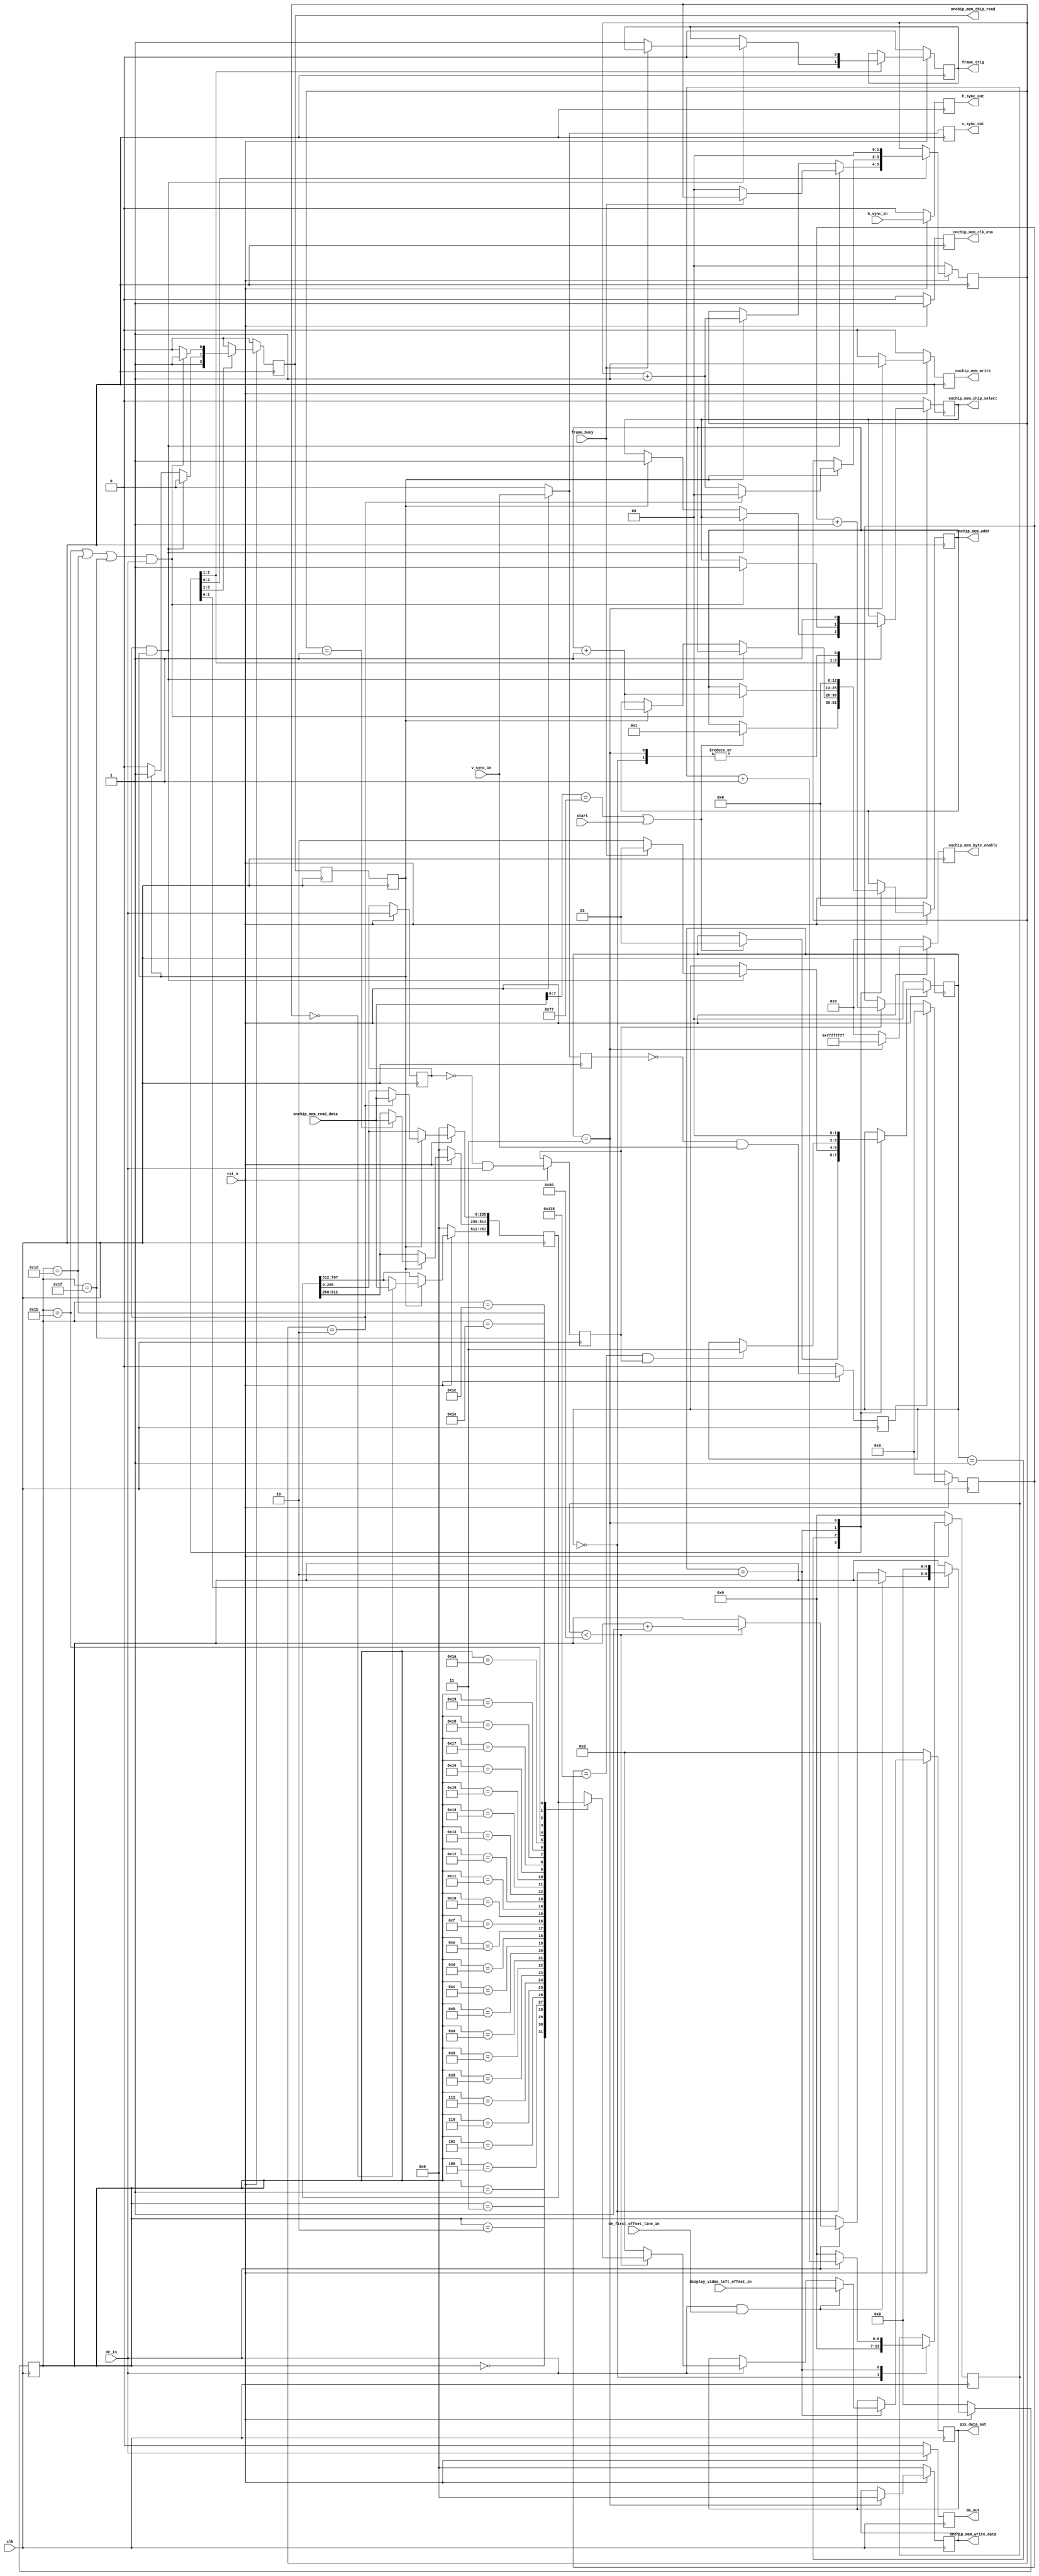
`timescale 1 ns / 1 ps
module fast_pat_fetch (
    input           clk,
    input           rst_n,

    output          onchip_mem_chip_select,
    output          onchip_mem_clk_ena,
    output          onchip_mem_chip_read,
    output [12:0]   onchip_mem_addr,
    output [31:0]   onchip_mem_byte_enable,
    output [255:0]  onchip_mem_write_data,
    output          onchip_mem_write,

    input [255:0]   onchip_mem_read_data,
    input           start,
    output reg      frame_trig,
    input           frame_busy,
    input           h_sync_in,
    input           v_sync_in,
    input           de_in,
    input           de_first_offset_line_in,
    input [23:0]    display_video_left_offset_in,
    output reg      h_sync_out,
    output reg      v_sync_out,
    output reg      de_out,
    output reg [23:0]   pix_data_out

);


localparam  IDLE_s = 2'd0,
            INIT_READ_ONCHIP_MEM_s = 2'd1,
            SEND_DATA_s = 2'd2,
            END_s = 2'd3;

reg        timer_ena;
wire        timer_out;
wire        timer_rst;
reg [1:0]   state;

// On-chip memory signals
reg [1:0]   mem_rd_cnt;
reg         mem_rd, mem_rd_r;
reg         mem_rd_valid;
reg         mem_sel;
reg         mem_clken;
reg [12:0]  mem_addr;
reg [255:0] mem_wr_data;
reg         mem_wr;
reg [31:0]  mem_wr_byte_ena;
reg [767:0] mem_data;
reg [4:0]   cnt; // 256-bit counter

// Every de should contain 80 pixels (1920/24bit = 80), but it contains 82 to accomodate to the DMD
reg [6:0]   pix_cnt_per_de;
reg [11:0]  line_cnt;

assign onchip_mem_clk_ena = mem_clken;
assign onchip_mem_chip_select = mem_sel;
assign onchip_mem_chip_read = mem_rd;
assign onchip_mem_addr = mem_addr;
assign onchip_mem_write_data = mem_wr_data;
assign onchip_mem_write = mem_wr;
assign onchip_mem_byte_enable = mem_wr_byte_ena;

// The read latency is 1 for the onchip memory
always @(posedge clk) begin
    mem_rd_r <= mem_rd;
    mem_rd_valid <= mem_rd_r;
end

always @(posedge clk) begin
    if(~rst_n) begin
         mem_data <= 0;
    end else begin
        if (mem_rd_valid) begin
            //mem_data[767:512] <= mem_data[511:256];
            //mem_data[511:256] <= mem_data[255:0];
            //mem_data[255:0] <= onchip_mem_read_data;\
            case(mem_rd_cnt)
                2'd0: mem_data[767:512] <= onchip_mem_read_data;
                2'd1: mem_data[511:256] <= onchip_mem_read_data;
                2'd2: mem_data[255:0] <= onchip_mem_read_data;
                2'd3: mem_data <= mem_data;
                //2'd3: mem_data <= mem_data;
                default:mem_data <= 'h0;
            endcase // mem_rd_cnt
        end

    end
end

// Count the lines
reg h_sync_r, h_sync_p;
reg v_sync_r, v_sync_p;
reg de_r, de_p;
always @(posedge clk) begin
    if(~rst_n) begin
        h_sync_r <= 1'b0;
        h_sync_p <= 1'b0;
        v_sync_r <= 1'b0;
        v_sync_p <= 1'b0;
    end else begin
        h_sync_r <= h_sync_in;
        h_sync_p <= ~h_sync_r & h_sync_in;

        v_sync_r <= v_sync_in;
        v_sync_p <= ~v_sync_r & v_sync_in;

        // capturing the falling edge of de_in
        de_r <= de_in;
        de_p <= ~de_r & de_in;
    end
end

always @(posedge clk) begin
    if(~rst_n) begin
        line_cnt <= 0;
    end else begin
        if (v_sync_p) begin
            line_cnt <= 'h0;
        end
        else if (de_p) begin
            line_cnt <= line_cnt + 1'd1;
            $display("line_cnt is %d",line_cnt);
        end
    end
end

//  Output the pixel data
always @(posedge clk) begin
    if(~rst_n) begin
        state <= IDLE_s;
        timer_ena <= 1'b0;
        mem_rd_cnt <= 'h0;
        mem_rd <= 1'b0;
        mem_addr <= 'h0;
        mem_sel <= 1'b0;
        frame_trig <= 1'b0;
        cnt <= 'h0;
        pix_data_out <= 'h0;
        pix_cnt_per_de <= 'h0;
        mem_wr <= 1'b0;
        mem_wr_data <= 'h0;
        mem_wr_byte_ena <= 'h0;
        mem_clken <= 1'b0;
    end else begin
        mem_rd <= 1'b0;
        mem_wr <= 1'b0;
        mem_wr_byte_ena <= 'h0;
        mem_clken <= 1'b1;
       // pix_cnt_per_de <= 'h0;
        case (state)
            IDLE_s: begin
                mem_sel <= 1'b1;
                mem_rd <= 1'b1;
                if ((onchip_mem_read_data[7:0] == 8'h77) || start) begin
                    state <= INIT_READ_ONCHIP_MEM_s;
                    mem_rd <= 1'b1;
                    mem_sel <= 1'b1;
                    mem_addr <= 'h1;
                end
                timer_ena <= 1'b1;
                pix_cnt_per_de <= 'h0;
            end
            INIT_READ_ONCHIP_MEM_s: begin
                if (mem_rd_cnt == 2'd2 && mem_rd_valid) begin
                    mem_rd <= 1'b0;
                    if (!frame_busy) begin
                        state <= SEND_DATA_s;
                        frame_trig <= 1'b1;
                        mem_rd_cnt <= 'h0;
                    end
                    else begin
                        state <= INIT_READ_ONCHIP_MEM_s;
                    end
                end
                else if (mem_rd_valid) begin
                    mem_rd_cnt <= mem_rd_cnt + 1'd1;
                    mem_rd <= 1'b1;
                    mem_sel <= 1'b1;
                    mem_addr <= mem_addr + 1'd1;
                    $display("mem_addr is %d",mem_addr);
                end
                else begin
                    mem_rd <= 1'b0;
                end
            end
            SEND_DATA_s: begin
                frame_trig <= 1'b0;
                if (de_in) begin
                    pix_cnt_per_de <= pix_cnt_per_de + 1'd1;
                end
                else begin
                    pix_cnt_per_de <= 0;
                end

                if (de_in & de_first_offset_line_in) begin
                    pix_data_out <= display_video_left_offset_in;
                end
                else if (de_in) begin
                    if (pix_cnt_per_de < 7'd80) begin
                        cnt <= cnt + 1'd1;
                        case(cnt)
                            5'd0: pix_data_out <= mem_data[767: (767 - 24 * 1 + 1)];
                            5'd1: pix_data_out <= mem_data[(767 - 24 * 1) : (767 - 24 * 2 + 1)];
                            5'd2: pix_data_out <= mem_data[(767 - 24 * 2) : (767 - 24 * 3 + 1)];
                            5'd3: pix_data_out <= mem_data[(767 - 24 * 3) : (767 - 24 * 4 + 1)];
                            5'd4: pix_data_out <= mem_data[(767 - 24 * 4) : (767 - 24 * 5 + 1)];
                            5'd5: pix_data_out <= mem_data[(767 - 24 * 5) : (767 - 24 * 6 + 1)];
                            5'd6: pix_data_out <= mem_data[(767 - 24 * 6) : (767 - 24 * 7 + 1)];
                            5'd7: pix_data_out <= mem_data[(767 - 24 * 7) : (767 - 24 * 8 + 1)];
                            5'd8: pix_data_out <= mem_data[(767 - 24 * 8) : (767 - 24 * 9 + 1)];
                            5'd9: pix_data_out <= mem_data[(767 - 24 * 9) : (767 - 24 * 10 + 1)];
                            5'd10: pix_data_out <= mem_data[(767 - 24 * 10) : (767 - 24 * 11 + 1)];
                            5'd11: pix_data_out <= mem_data[(767 - 24 * 11) : (767 - 24 * 12 + 1)];
                            5'd12: pix_data_out <= mem_data[(767 - 24 * 12) : (767 - 24 * 13 + 1)];
                            5'd13: pix_data_out <= mem_data[(767 - 24 * 13) : (767 - 24 * 14 + 1)];
                            5'd14: pix_data_out <= mem_data[(767 - 24 * 14) : (767 - 24 * 15 + 1)];
                            5'd15: pix_data_out <= mem_data[(767 - 24 * 15) : (767 - 24 * 16 + 1)];
                            5'd16: pix_data_out <= mem_data[(767 - 24 * 16) : (767 - 24 * 17 + 1)];
                            5'd17: pix_data_out <= mem_data[(767 - 24 * 17) : (767 - 24 * 18 + 1)];
                            5'd18: pix_data_out <= mem_data[(767 - 24 * 18) : (767 - 24 * 19 + 1)];
                            5'd19: pix_data_out <= mem_data[(767 - 24 * 19) : (767 - 24 * 20 + 1)];
                            5'd20: pix_data_out <= mem_data[(767 - 24 * 20) : (767 - 24 * 21 + 1)];
                            5'd21: pix_data_out <= mem_data[(767 - 24 * 21) : (767 - 24 * 22 + 1)];
                            5'd22: pix_data_out <= mem_data[(767 - 24 * 22) : (767 - 24 * 23 + 1)];
                            5'd23: pix_data_out <= mem_data[(767 - 24 * 23) : (767 - 24 * 24 + 1)];
                            5'd24: pix_data_out <= mem_data[(767 - 24 * 24) : (767 - 24 * 25 + 1)];
                            5'd25: pix_data_out <= mem_data[(767 - 24 * 25) : (767 - 24 * 26 + 1)];
                            5'd26: pix_data_out <= mem_data[(767 - 24 * 26) : (767 - 24 * 27 + 1)];
                            5'd27: pix_data_out <= mem_data[(767 - 24 * 27) : (767 - 24 * 28 + 1)];
                            5'd28: pix_data_out <= mem_data[(767 - 24 * 28) : (767 - 24 * 29 + 1)];
                            5'd29: pix_data_out <= mem_data[(767 - 24 * 29) : (767 - 24 * 30 + 1)];
                            5'd30: pix_data_out <= mem_data[(767 - 24 * 30) : (767 - 24 * 31 + 1)];
                            5'd31: pix_data_out <= mem_data[(767 - 24 * 31) : 0];
                            default: pix_data_out <= 'h0;
                        endcase // cnt

                    end
                    else begin
                        cnt <= cnt;
                        pix_data_out <= 0;
                    end
                end


                if ((cnt == 5'd27 || cnt == 5'd29 || cnt == 5'd31) & de_in) begin
                    mem_rd <= 1'd1;
                    mem_sel <= 1'b1;
                    mem_addr <= mem_addr + 1'd1;
                    $display("mem_addr is %d",mem_addr);
                    $display("data is %d", $bits("/"));
                end
                else begin
                    mem_rd <= 1'd0;
                end

                if (mem_rd_valid) begin
                    if (mem_rd_cnt == 2'd2) begin
                        mem_rd_cnt <= 'h0;
                    end
                    else begin
                        mem_rd_cnt <= mem_rd_cnt + 1'd1;
                    end
                end

                if (line_cnt == 'd1080 && de_p) begin
                    state <= END_s;
                end
            end
            END_s: begin
                mem_wr <= 1'b1;  // Clear the data in Addr 0x00 of onchip memory to prepare for next opearation
                mem_addr <= 'h0;
                mem_wr_data <= 'h0;
                mem_sel <= 1'b1;
                state <= IDLE_s;
                mem_wr_byte_ena <= 32'hffffffff;
			    mem_rd_cnt <= 'h0;
                cnt <= 'h0;
            end
            default: begin
                state <= IDLE_s;
                mem_wr <= 1'b0;
                mem_rd <= 1'b0;
            end
        endcase
    end
end

always @(posedge clk) begin
    if(~rst_n) begin
        h_sync_out <= 1'b0;
        v_sync_out <= 1'b0;
        de_out <= 1'b0;
    end else begin
        h_sync_out <= h_sync_in;
        v_sync_out <= v_sync_in;
        de_out <= de_in;
    end
end
/*
timer # (
    .MAX(512)
    )
timer_inst (
    .clk      (clk),
    .rst_n    (rst_n),
    .timer_ena(timer_ena),
    .timer_rst(timer_rst),
    .timer_out(timer_out)
    );
*/



endmodule